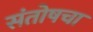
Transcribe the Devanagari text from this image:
संतोषचा